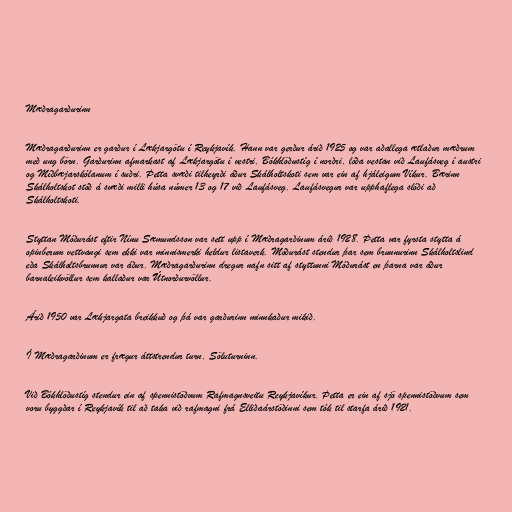
Mæðragarðurinn

Mæðragarðurinn er garður í Lækjargötu í Reykjavík. Hann var gerður árið 1925 og var aðallega ætlaður mæðrum
með ung börn. Garðurinn afmarkast af Lækjargötu í vestri, Bókhlöðustíg í norðri, lóða vestan við Laufásveg í austri
og Míðbæjarskólanum í suðri. Þetta svæði tilheyrði áður Skálholtskoti sem var ein af hjáleigum Víkur. Bærinn
Skálholtskot stóð á svæði milli húsa númer 13 og 17 við Laufásveg. Laufásvegur var upphaflega slóði að
Skálholtskoti.

Styttan Móðurást eftir Nínu Sæmundsson var sett upp í Mæðragarðinum árið 1928. Þetta var fyrsta stytta á
opinberum vettvangi sem ekki var minnismerki heldur listaverk. Móðurást stendur þar sem brunnurinn Skálholtslind
eða Skálholtsbrunnur var áður. Mæðragarðurinn dregur nafn sitt af styttunni Móðurást en þarna var áður
barnaleikvöllur sem kallaður var Útnorðurvöllur.

Árið 1950 var Lækjargata breikkuð og þá var garðurinn minnkaður mikið.

Í Mæðragarðinum er frægur áttstrendur turn, Söluturninn.

Við Bókhlöðustíg stendur ein af spennistöðvum Rafmagnsveitu Reykjavíkur. Þetta er ein af sjö spennistöðvum sem
voru byggðar í Reykjavík til að taka við rafmagni frá Elliðaárstöðinni sem tók til starfa árið 1921.